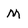
Character: M